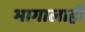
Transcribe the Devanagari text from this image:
भागालाही